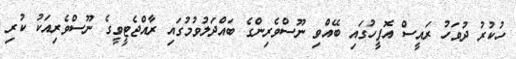
ހުކުރު ދުވަހު ރައީސް އޮފީހުގައި ބޭއްވި ނޫސްވެރިންގެ ބައްދަލުވުމުގައި ރާއްޖެޓީވީގެ ނޫސްވެރިއަކު ކުރި